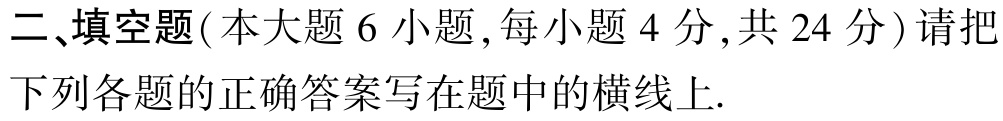
二、填空题(本大题 6 小题,每小题 4 分,共 24 分) 请把下列各题的正确答案写在题中的横线上.